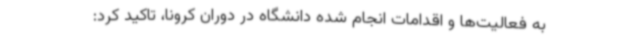
به فعالیت‌ها و اقدامات انجام شده دانشگاه در دوران کرونا، تاکید کرد: